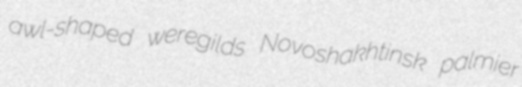
awl-shaped weregilds Novoshakhtinsk palmier